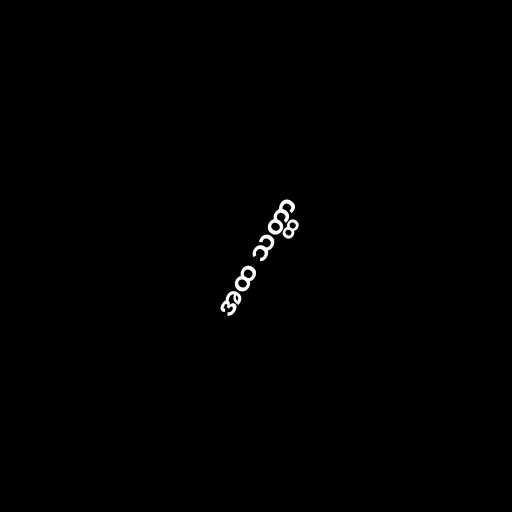
အထ သတ္ထာ